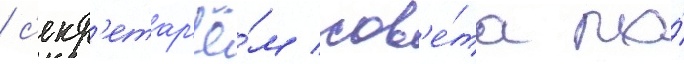
/ с'екр'етар'ё́м сов'е́та по́